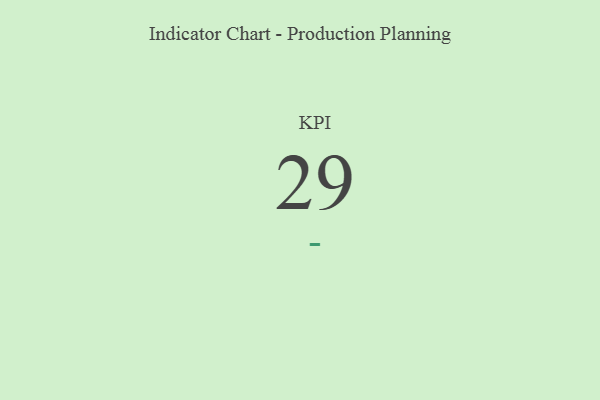
{"axis": {"x": "KPI", "y": "Value"}, "legend": [""], "data": [{"x": "KPI", "y": 29, "type": ""}]}